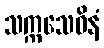
သက္ကသေဝိနံ